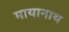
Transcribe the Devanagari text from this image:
मायानाथ